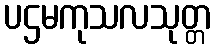
ပဌမကုသလသုတ္တ